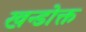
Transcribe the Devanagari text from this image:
खन्डोक्त